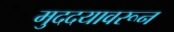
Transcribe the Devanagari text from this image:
मुददयावरून